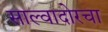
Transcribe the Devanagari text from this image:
साल्वादोरचा